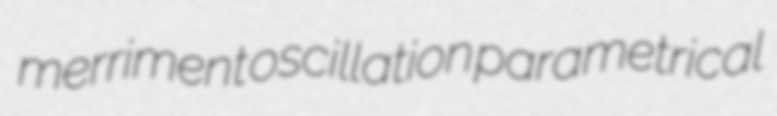
merriment oscillation parametrical